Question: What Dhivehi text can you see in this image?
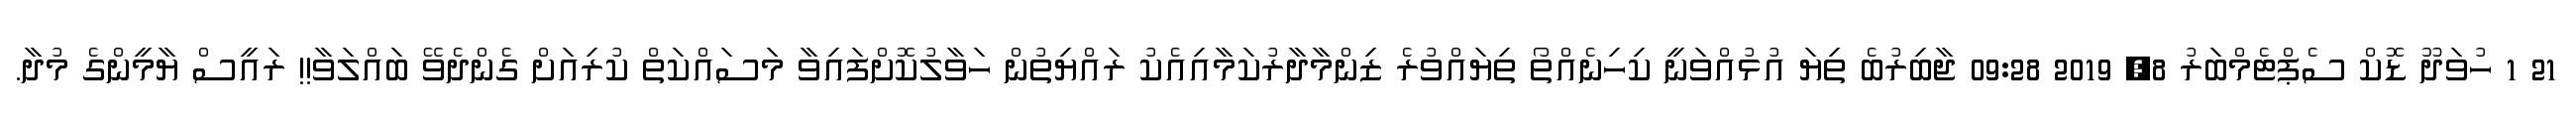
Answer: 21 1 ހުވަދޫ ޑޮކް ސެޕްޓެމްބަރު 8, 2019 09:28 ޖާބިރުބެ ތިޔަ އުޅުއްވަނީ ކިހިނެއްތޯ ތިޔައްވުރެ ޒިންމާދާރުކަމާއިއެކު ރައްޔިތުން ހަވާލުކޮށްފައިވާ މަސައްކަތް ކުރިއަށް ގެންދެވޭ ބައްލަވާ!! ރައީސް ޔާމީންގެ މުދާ.